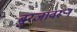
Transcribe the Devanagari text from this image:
बुरजावरून